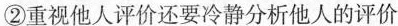
②重视他人评价还要冷静分析他人的评价